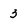
Character: 3